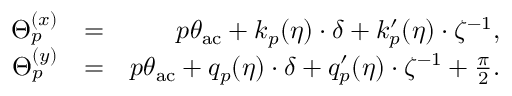
\begin{array} { r l r } { \Theta _ { p } ^ { ( x ) } } & { = } & { p \theta _ { \mathrm { a c } } + k _ { p } ( \eta ) \cdot \delta + k _ { p } ^ { \prime } ( \eta ) \cdot \zeta ^ { - 1 } , } \\ { \Theta _ { p } ^ { ( y ) } } & { = } & { p \theta _ { \mathrm { a c } } + q _ { p } ( \eta ) \cdot \delta + q _ { p } ^ { \prime } ( \eta ) \cdot \zeta ^ { - 1 } + \frac { \pi } { 2 } . } \end{array}